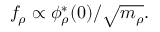
f _ { \rho } \propto \phi _ { \rho } ^ { * } ( 0 ) / \sqrt { m _ { \rho } } .